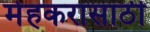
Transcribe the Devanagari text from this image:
मेहकरासाठी